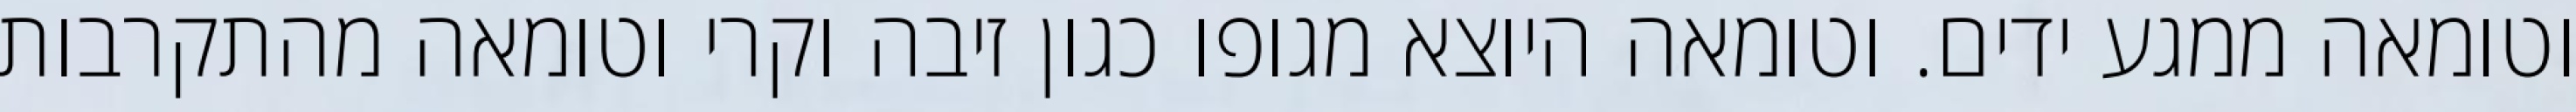
וטומאה ממגע ידים. וטומאה היוצא מגופו כגון זיבה וקרי וטומאה מהתקרבות